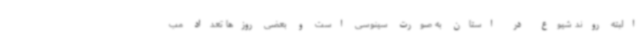
البته روند شیوع در استان به صورت سینوسی است و بعضی روزها تعداد مب